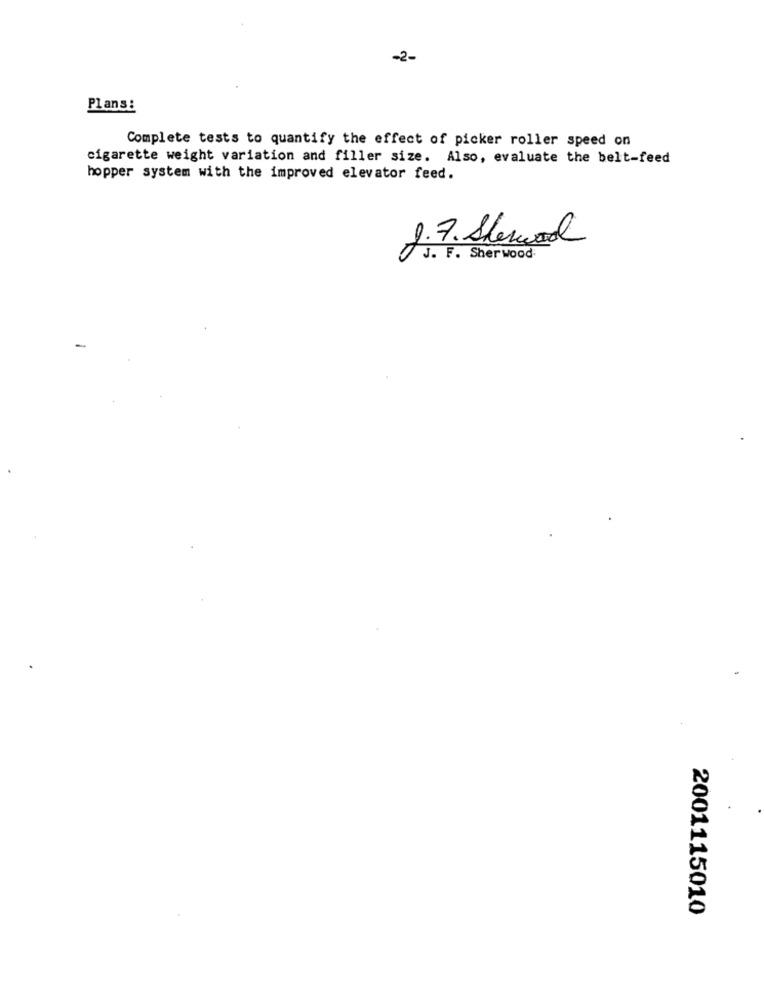
-2-
Plans:
Complete tests to quantify the effect of picker roller speed on
cigarette weight variation and filler size. Also, evaluate the belt-feed
hopper system with the improved elevator feed.
2.7. Shewol
J. F. Sherwood:
2001115010